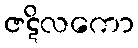
ဇဋိလကော